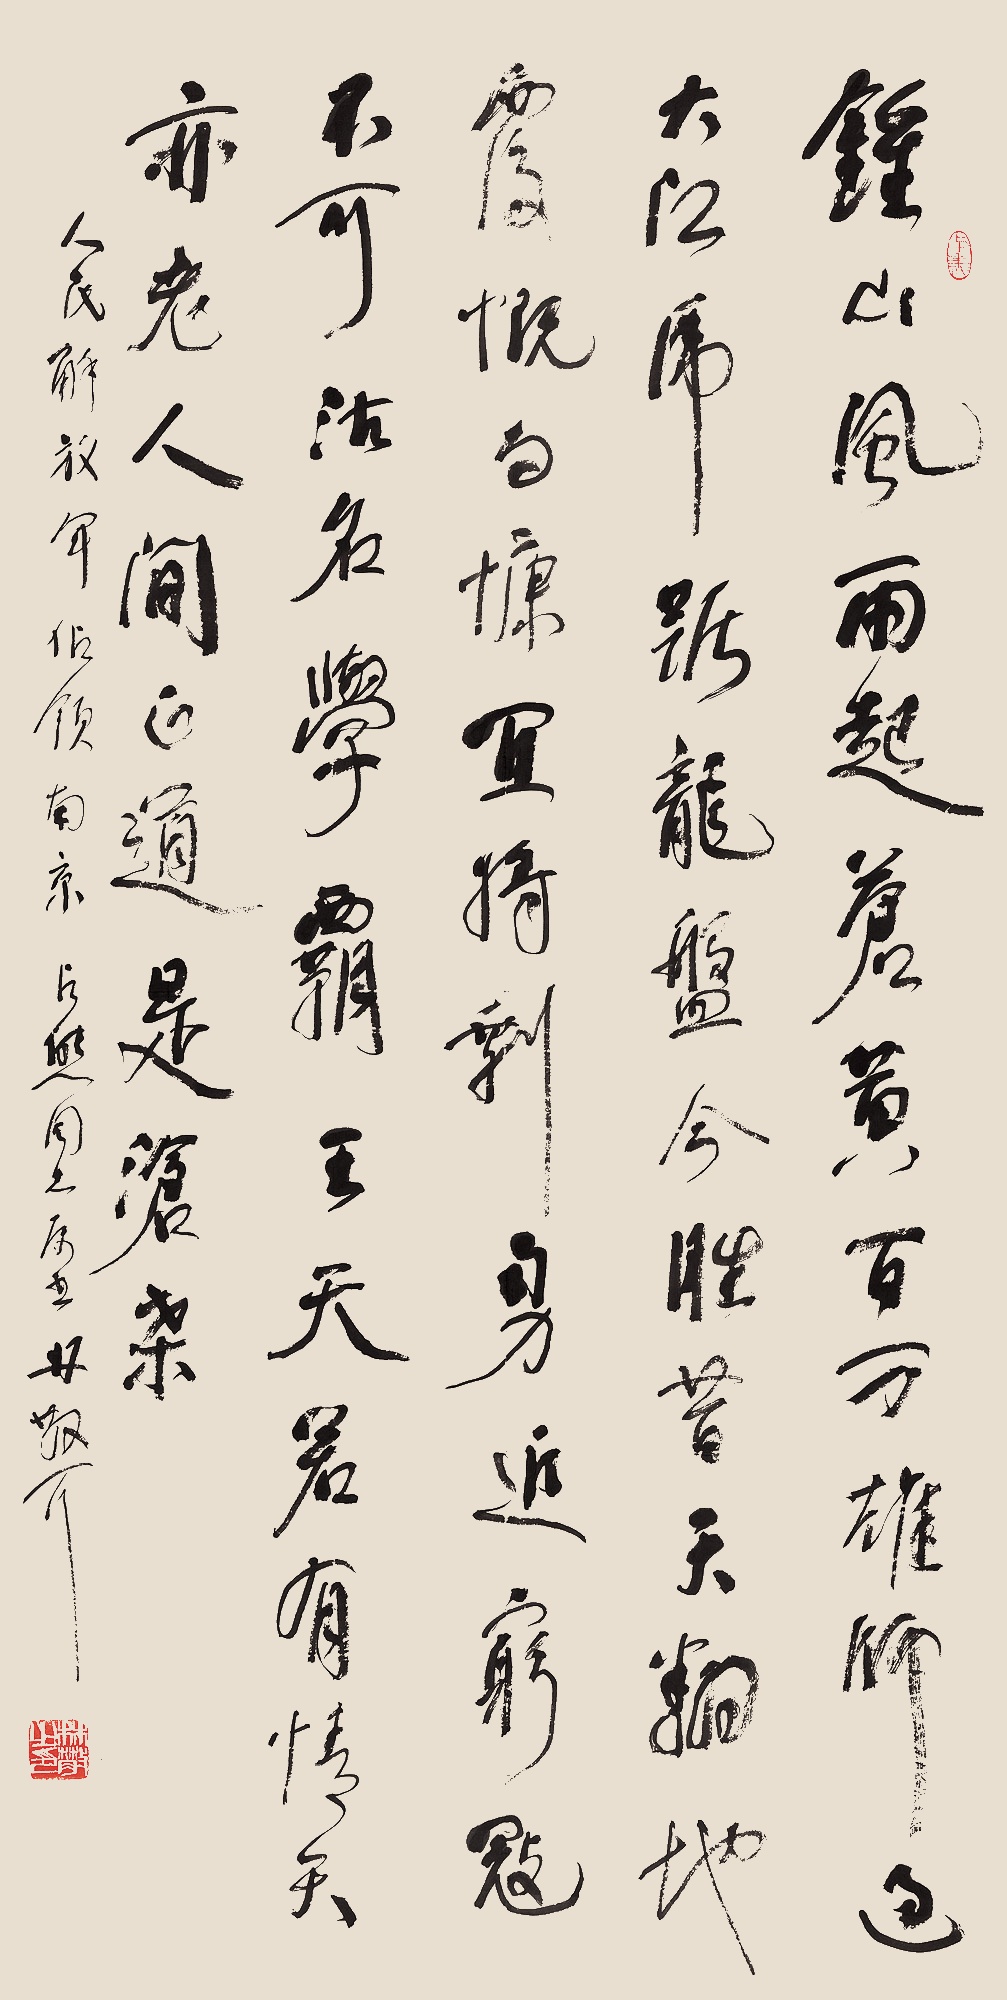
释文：钟山风雨起苍黄，百万雄师过大江。虎踞龙盘今胜昔，天翻地覆慨而慷。宜将剩勇追穷寇，不可沽名学霸王。天若有情天亦老，人间正道是沧桑。《人民解放军占领南京》。占熊同志属书。林散耳。